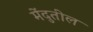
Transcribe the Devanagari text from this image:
मेंदुतील